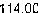
114.00